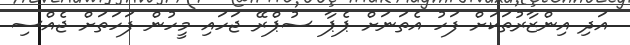
އަދި އިންޒާރުތަކަށް ފަހު އެތަނަށް ޕެޕާ ސުޕްރޭ ޖަހައި މީހުން ފަހަތަށް ޖެއްސި